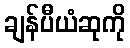
ချန်ပီယံဆုကို